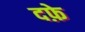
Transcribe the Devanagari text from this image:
दफ़े